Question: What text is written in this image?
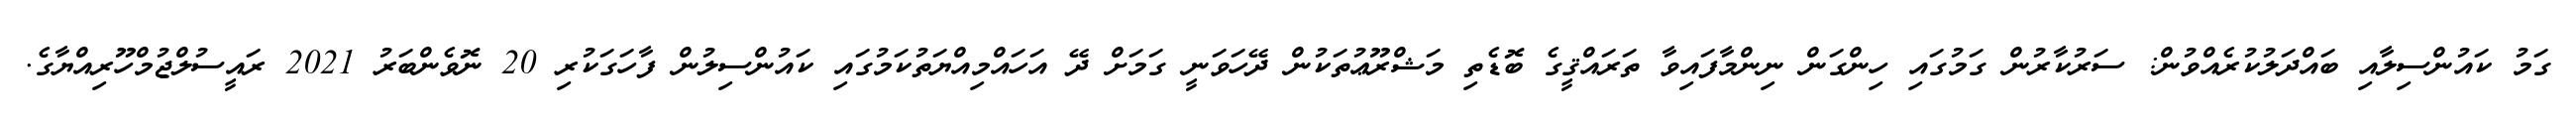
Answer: ގަމު ކައުންސިލާއި ބައްދަލުކުރެއްވުން: ސަރުކާރުން ގަމުގައި ހިންގަން ނިންމާފައިވާ ތަރައްޤީގެ ބޮޑެތި މަޝްރޫޢުތަކުން ދޭހަވަނީ ގަމަށް ދޭ އަހައްމިއްޔަތުކަމުގައި ކައުންސިލުން ފާހަގަކުރި 20 ނޮވެންބަރު 2021 ރައީސުލްޖުމްހޫރިއްޔާގެ.